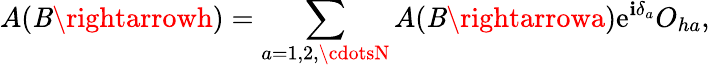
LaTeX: A(\mathit{B}\rightarrowh)=\sum_{a=1,2,\cdotsN}A(\mathit{B}\rightarrowa)\mathrm{e}^{\mathbf{i}\delta_{a}}O_{ha},